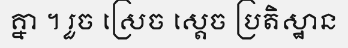
គ្នា ។ រួច ស្រេច ស្តេច ប្រតិស្ឋាន